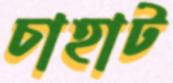
চাহাট